Insane asylums in Bengal annual reports 1867-1875 - 1867-1875
Year: 1867
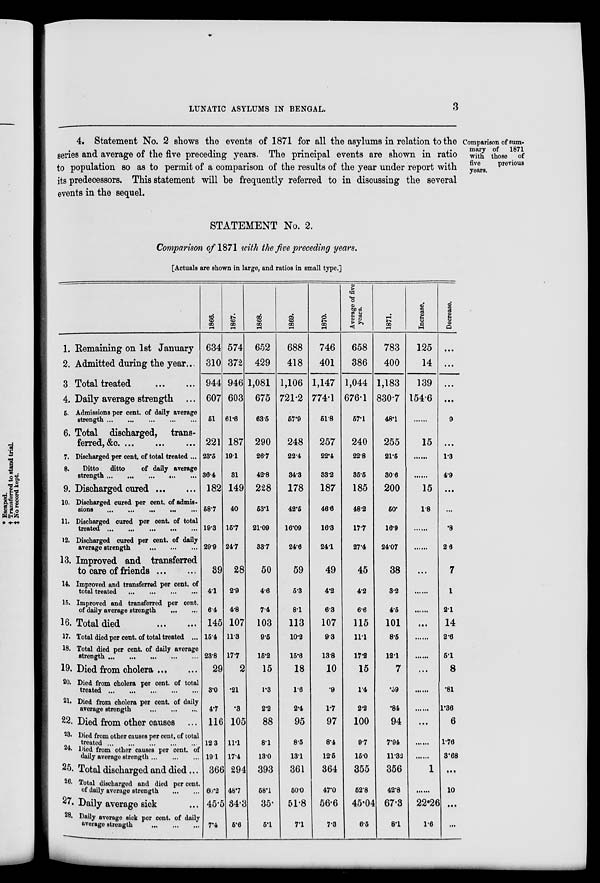
LUNATIC ASYLUMS IN BENGAL.
3
Comparison of sum-
mary of
1871
with those
of
five
previous
years.
4. Statement No. 2 shows the events of 1871 for all the asylums in relation to the
series and average of the five preceding years. The principal events are shown in ratio
to population so as to permit of a comparison of the results of the year under report with
its predecessors. This statement will be frequently referred to in discussing the several
events in the sequel.
STATEMENT No. 2.
Comparison of 1871 with the five preceding years.
[Actuals are shown in large, and ratios in small type.]
1. Remaining on 1st January
2. Admitted during the year...
3 Total treated
...
...
4. Daily average strength ...
5. Admissions per cent. of daily average
strength
...
...
...
...
...
6. Total discharged,
trans-
ferred, &c. ... ... ... ... ...
7. Discharged per cent. of total treated ...
8.
Ditto
ditto
of daily average
strength
... ... ... ...
9. Discharged cured ... ... ...
10. Discharged cured per cent. of admis-
sions
...
...
...
...
...
11. Discharged cured per cent. of total
treated
...
...
...
...
...
12. Discharged cured per cent. of daily
average strength
...
...
...
...
13. Improved and transferred
to care of friends ... ... ...
14. Improved and transferred per cent. of
total treated
...
...
...
...
15. Improved and transferred per cent.
of daily average strength
...
...
16. Total died
...
...
17. Total died per cent. of total treated ...
18. Total died per cent. of daily average
strength
...
...
...
...
...
19. Died from cholera
...
...
20. Died from cholera per cent. of total
treated
...
...
...
...
...
21. Died from cholera per cent. of daily
average strength
...
...
...
22. Died from other causes ...
23. Died from other causes per cent. of total
treated
...
...
...
...
...
24. Died from other causes per cent. of
daily average strength
...
...
...
25. Total discharged and died...
26. Total discharged and died per cent.
of daily average strength
...
...
27. Daily average sick ...
28. Daily average sick per cent. of daily
average strength ... ... ... ...
1866.
634
310
944
607
51
221
23.5
36.4
182
58.7
19.3
29.9
39
4.1
6.4
145
15.4
23.8
29
3.0
4.7
l16
12.3
19.1
366
60.2
45.5
7.4
1867.
574
372
946
603
61.6
187
19.1
31
149
40
15.7
24.7
28
2.9
4.8
107
11.3
17.7
2
.21
.3
105
11.1
17.4
294
48.7
34.3
5.6
1868.
652
429
1,081
675
63.5
290
26.7
42.8
228
53.1
21.09
33.7
50
4.6
7.4
103
9.5
15.2
15
1.3
2.2
88
8.1
13.0
393
58.1
35.
5.1
1869.
688
418
1,106
721.2
57.9
248
22.4
34.3
178
42.5
16.09
24.6
59
5.3
8.1
113
10.2
15.6
18
1.6
2.4
95
8.5
13.1
361
50.0
51.8
7.1
1870.
746
401
1,147
774.1
51.8
257
22.4
33.2
187
46.6
16.3
24.1
49
4.2
6.3
107
9.3
13.8
10
.9
1.7
97
8.4
12.5
364
47.0
56.6
7.3
Average of five
years.
658
386
1,044
676.1
57.1
240
22.8
35.5
185
48.2
17.7
27.4
45
4.2
6.6
115
11.1
17.2
15
1.4
2.2
100
9.7
15.0
355
52.8
45.04
6.5
1871.
783
400
1,183
830.7
48.1
255
21.5
30.6
200
50.
16.9
24.07
38
3.2
4.5
101
8.5
12.1
7
.39
.84
94
7.94
11.32
356
42.8
67.3
8.1
Increase.
125
14
139
154.6
......
15
......
......
15
1.8
......
......
...
......
......
...
......
......
...
......
......
...
......
......
1
......
22.26
1.6
Decrease.
...
...
...
...
9
...
1.3
4.9
...
...
.8
2.6
7
1
2.1
14
2.6
5.1
8
.81
1.36
6
1.76
3.68
...
10
...
...